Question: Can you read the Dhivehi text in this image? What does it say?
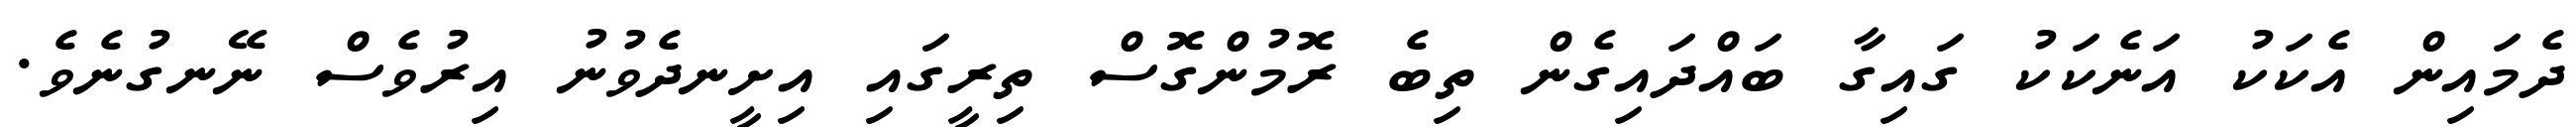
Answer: ދެމައިން އެކަކު އަނެކަކު ގައިގާ ބައްދައިގެން ތިބެ ރޮމުންގޮސް ތިރީގައި އިށީނދެވުނު އިރުވެސް ނޭނގުނެވެ.